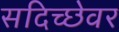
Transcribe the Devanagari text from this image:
सदिच्छेवर